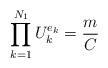
LaTeX: \begin{align*}\prod_{k=1}^{N_1} U_k^{e_k} = \frac{m}{C}\end{align*}